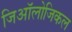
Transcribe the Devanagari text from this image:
जिऑलोजिकल